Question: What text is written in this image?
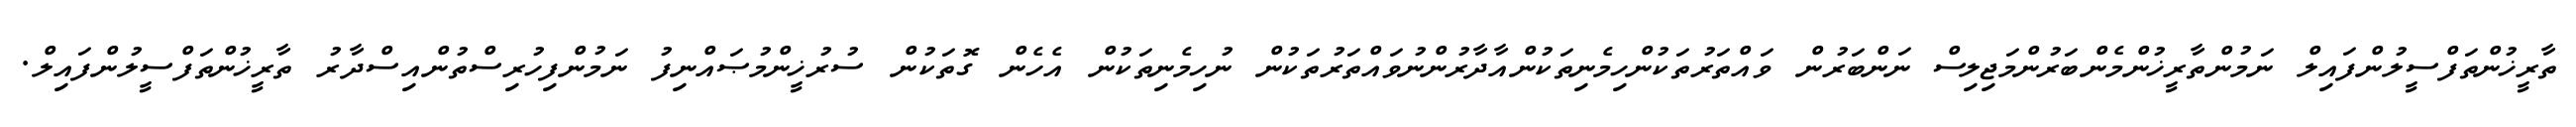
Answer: ތާރީޚުންތަފްސީލުންފައިލް ނަމުންތާރީޚުންމެންބަރުންމަޖިލިސް ނަންބަރުން ވައްތަރުތަކުންހިމެނިތަކުންއާދާރުންނުވައްތަރުތަކުން ނުހިމެނިތަކުން އެހެން ގޮތަކުން ސުރުޚީންމުޞައްނިފު ނަމުންފިހުރިސްތުންއިސްދާރު ތާރީޚުންތަފްސީލުންފައިލް.